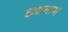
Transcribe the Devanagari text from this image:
छ्द्मनाम